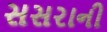
સસરાની